Senior Leaving Certificate Examination (including Day School Certificate (Higher) General paper), 1950
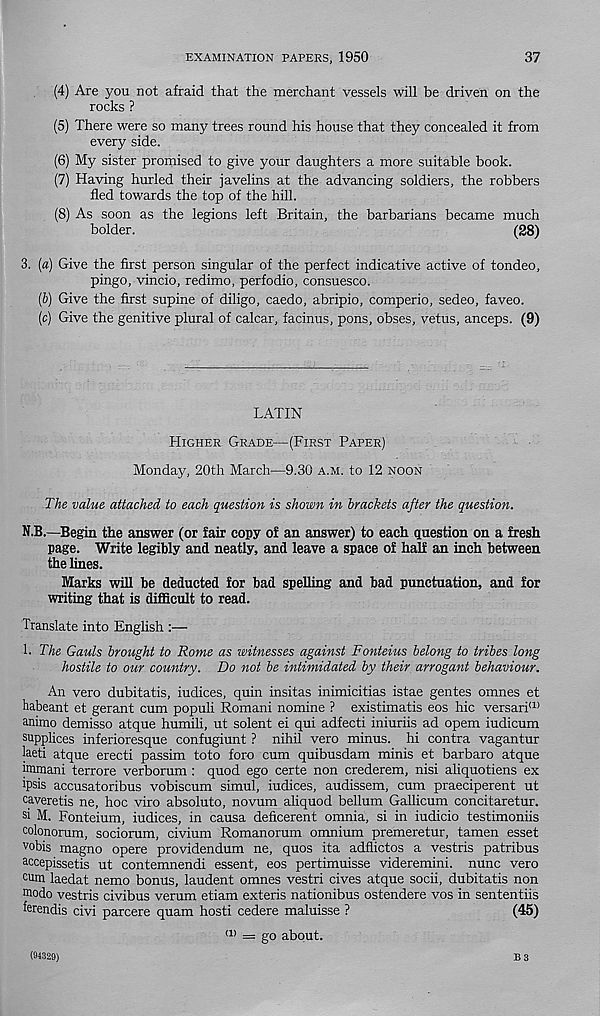
EXAMINATION PAPERS, 1950
37
(4) Are you not afraid that the merchant vessels will be driven on the
rocks ?
(5) There were so many trees round his house that they concealed it from
every side.
(6) My sister promised to give your daughters a more suitable book.
(7) Having hurled their javelins at the advancing soldiers, the robbers
fled towards the top of the hill.
(8) As soon as the legions left Britain, the barbarians became much
bolder.
(28)
3. [a) Give the first person singular of the perfect indicative active of tondeo,
pingo, vincio, redimo, perfodio, consuesco.
[b) Give the first supine of diligo, caedo, abripio, comperio, sedeo, faveo.
(c) Give the genitive plural of calcar, facinus, pons, obses, vetus, anceps. (9)
LATIN
Higher Grade—(First Paper)
Monday, 20th March—9.30 a.m. to 12 noon
The value attached to each question is shown in brackets after the question.
N.B.—Begin the answer (or fair copy of an answer) to each question on a fresh
page. Write legibly and neatly, and leave a space of half an inch between
the lines.
Marks will be deducted for bad spelling and bad punctuation, and for
writing that is difficult to read.
Translate into English :—
1. The Gauls brought to Rome as witnesses against Fonteius belong to tribes long
hostile to our country. Do not be intimidated by their arrogant behaviour.
An vero dubitatis, indices, quin insitas inimicitias istae gentes omnes et
habeant et gerant cum populi Romani nomine ? existimatis eos hie versari a)
animo demisso atque humili, ut solent ei qui adfecti iniuriis ad opem iudicum
supplices inferioresque confugiunt ? nihil vero minus, hi contra vagantur
laeti atque erecti passim toto foro cum quibusdam minis et barbaro atque
immani terrore verborum : quod ego certe non crederem, nisi aliquotiens ex
ipsis accusatoribus vobiscum simul, iudices, audissem, cum praeciperent ut
caveretis ne, hoc viro absolute, novum aliquod bellum Gallicum concitaretur.
si M. Fonteium, iudices, in causa deficerent omnia, si in iudicio testimoniis
colonorum, sociorum, civium Romanorum omnium premeretur, tamen esset
vobis magno opere providendum ne, quos ita adflictos a vestris patribus
accepissetis ut contemnendi essent, eos pertimuisse videremini. nunc vero
cum laedat nemo bonus, laudent omnes vestri cives atque socii, dubitatis non
uiodo vestris civibus verum etiam exteris nationibus ostendere vos in sententiis
ferendis civi parcere quam hosti cedere maluisse ?
(45)
(1) = go about.
(94329)
B3